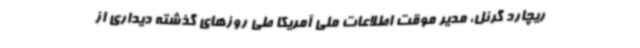
ریچارد گرنل، مدیر موقت اطلاعات ملی آمریکا طی روزهای گذشته دیداری از